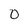
Character: 0